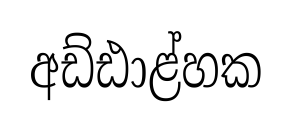
අඩ්ඪාළ්හක